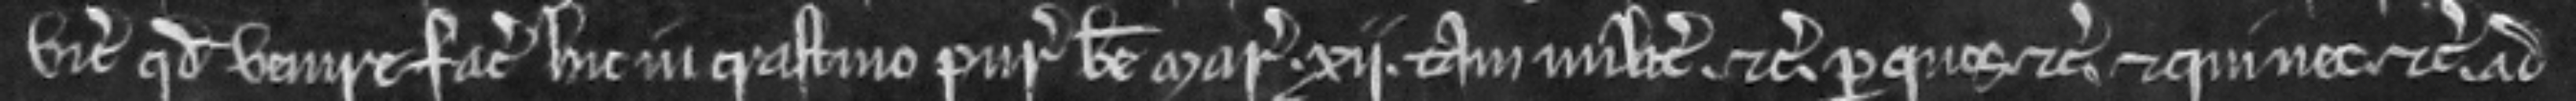
vicecomiti quod venire faciat hic in crastino Purificacionis Beate Marie xii tam milites. etc. per quos etc. et qui nec etc. ad